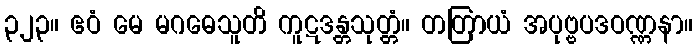
၃၂၃။ ဧဝံ မေ မဂဓေသူတိ ကူဋဒန္တသုတ္တံ။ တတြာယံ အပုဗ္ဗပဒဝဏ္ဏနာ။